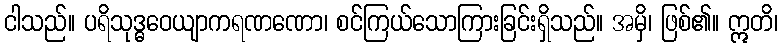
ငါသည်။ ပရိသုဒ္ဓဝေယျာကရဏဏော၊ စင်ကြယ်သောကြားခြင်းရှိသည်။ အမှိ၊ ဖြစ်၏။ ဣတိ၊